画像に写った文字を読んでください
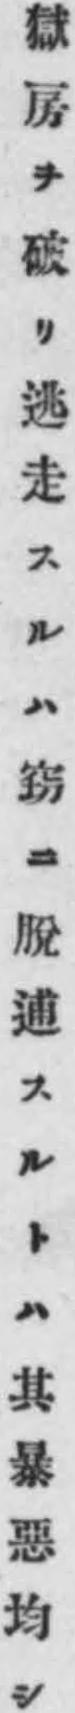
「獄房ヲ破リ逃走スルハ窃ニ脫逋スルトハ其暴惡均シ」と書いてあります